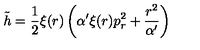
{ \tilde { h } } = \frac { 1 } { 2 } \xi ( r ) \left( \alpha ^ { \prime } \xi ( r ) p _ { r } ^ { 2 } + \frac { r ^ { 2 } } { \alpha ^ { \prime } } \right)